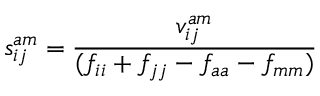
s _ { i j } ^ { a m } = \frac { v _ { i j } ^ { a m } } { ( f _ { i i } + f _ { j j } - f _ { a a } - f _ { m m } ) }